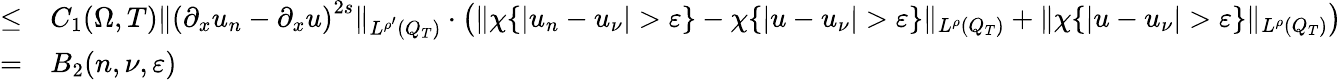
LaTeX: \begin{array}{rl}{\leq}&{{}C_{1}(\Omega,T)\lVert\left(\partial_{x}u_{n}-\partial_{x}u\right)^{2s}\rVert_{L^{\rho^{\prime}}(Q_{T})}\cdot\left(\lVert\chi\{ |u_{n}-u_{\nu}|>\varepsilon\} -\chi\{ |u-u_{\nu}|>\varepsilon\} \rVert_{L^{\rho}(Q_{T})}+\lVert\chi\{ |u-u_{\nu}|>\varepsilon\} \rVert_{L^{\rho}(Q_{T})}\right)}\\ {=}&{{}B_{2}(n,\nu,\varepsilon)}\end{array}